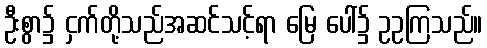
ဦးစွာ၌ ငှက်တို့သည်အဆင်သင့်ရာ မြေ ပေါ်၌ ဥဥကြသည်။